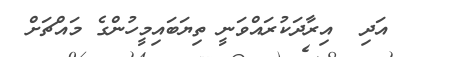
އަދި  އިރާދަކުރައްވަނީ ތިޔަބައިމީހުންގެ މައްޗަށް